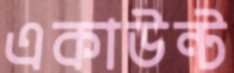
একাউন্ট